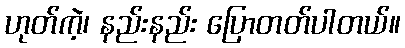
ဟုတ်ကဲ့၊ နည်းနည်း ပြောတတ်ပါတယ်။